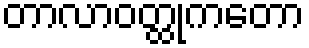
တာလာဝတ္ထုကတော